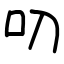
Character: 叨